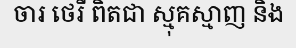
ចារ ថេរី ពិតជា ស្មុគស្មាញ និង